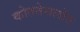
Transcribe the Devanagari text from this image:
कोततेसलोए